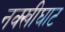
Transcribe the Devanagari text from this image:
नक्खीघाट